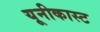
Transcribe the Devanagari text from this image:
यूनीकास्ट